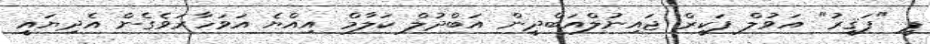
ޕީ "ފަޤީރު" އަވުލް ފަކީރް ޖައިނުލްއަބްދީން އަބްދުލް ކަލާމް އިއްޔެ އަވަހާރަވެގެން އެދިޔައީ